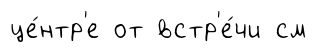
це́нтр'е от встр'е́чи см